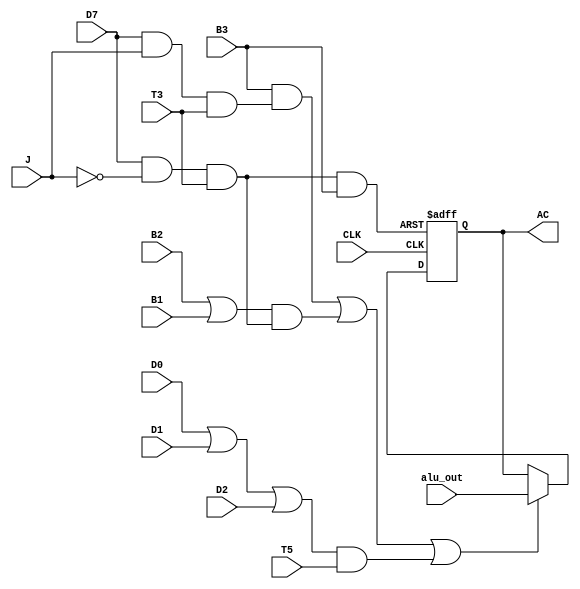
`timescale 1ns / 1ps
//////////////////////////////////////////////////////////////////////////////////
// Company: 
// Engineer: 
// 
// Design Name: 
// Module Name: Accumulator
// Project Name: 
// Target Devices: 
// Tool Versions: 
// Description: 
// 
// Dependencies: 
// 
// Revision:
// Revision 0.01 - File Created
// Additional Comments:
// 
//////////////////////////////////////////////////////////////////////////////////


module Accumulator(
 input B2,
 input B1,
 input D0,
 input D1,
 input D2,
 input T5,
 input D7 ,
 input T3 ,
 input J ,
 input B3,
 input CLK,
 input [7:0] alu_out,
 output reg [7:0] AC
);

wire r ;
wire P ;
wire Clear ;
wire Load  ;

assign r = D7&~J&T3 ;
assign P = D7&J&T3  ;
assign Clear = ( r & B3);
assign Load  = ((B3&P)|((B2|B1)&r)|((D0|D1|D2)&T5));

initial begin 
AC = 8'h00 ;
end 

always @(posedge CLK or posedge Clear )
begin
   if (Clear == 1)
   begin
       AC <= 8'h00;
   end
   else if (Load ==1 )
   begin
       AC <= alu_out;
   end
end

endmodule